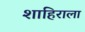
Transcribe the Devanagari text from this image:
शाहिराला